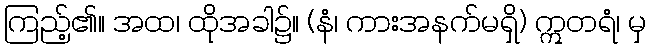
ကြည့်၏။ အထ၊ ထိုအခါ၌။ (နံ၊ ကားအနက်မရှိ) ဣတရံ၊ မှ